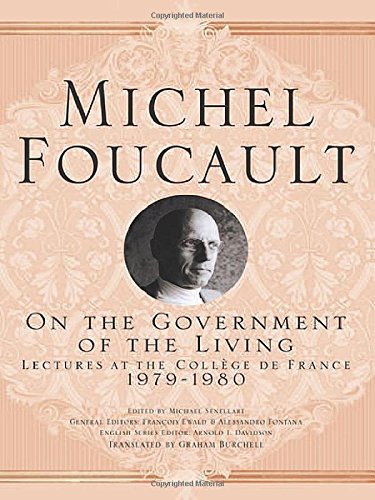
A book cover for On The Government of the Living: Lectures at the CollÃ¨ge de France, 1979-1980 (Michel Foucault: Lectures at the CollÃ¨ge de France); Michel Foucault; Politics & Social Sciences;